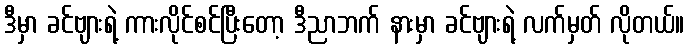
ဒီမှာ ခင်ဗျားရဲ့ ကားလိုင်စင်ပြီးတော့ ဒီညာဘက် နားမှာ ခင်ဗျားရဲ့ လက်မှတ် လိုတယ်။